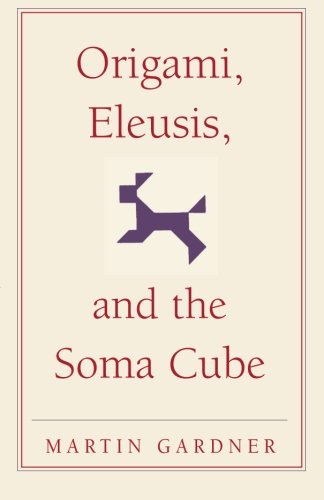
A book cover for Origami, Eleusis, and the Soma Cube: Martin Gardner's Mathematical Diversions (The New Martin Gardner Mathematical Library); Martin Gardner; Humor & Entertainment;